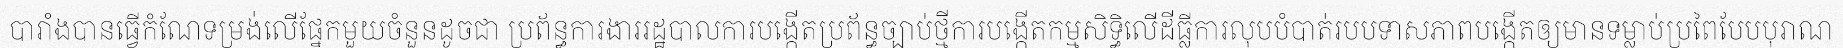
បារាំងបានធ្វើកំណែទម្រង់លើផ្នែកមួយចំនួនដូចជា ប្រព័ន្ធការងាររដ្ឋបាលការបង្កើតប្រព័ន្ធច្បាប់ថ្មីការបង្កើតកម្មសិទ្ធិលើដីធ្លីការលុបបំបាត់របបទាសភាពបង្កើតឲ្យមានទម្លាប់ប្រពៃបែបបុរាណ